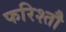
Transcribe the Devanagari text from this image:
फरिश्तौ